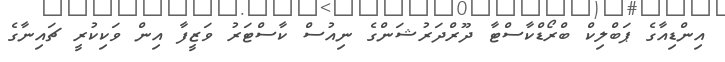
އިންޑިއާގެ ޕަބްލިކް ބްރޯޑްކާސްޓާ ދޫރްދަރުޝަންގެ ނިއުސް ކާސްޓަރު ވަޒީފާ އިން ވަކިކުރީ ޗައިނާގެ